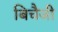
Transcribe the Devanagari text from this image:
बिचैजी